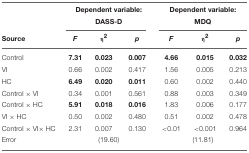
<table><thead><tr><td></td><td colspan="3"><b>Dependent variable:</b></td><td colspan="3"><b>Dependent variable:</b></td></tr><tr><td></td><td colspan="3"><b>DASS-D</b></td><td colspan="3"><b>MDQ</b></td></tr><tr><td><b>Source</b></td><td><b><i>F</i></b></td><td><b>η<sup>2</sup></b></td><td><b><i>p</i></b></td><td><b><i>F</i></b></td><td><b>η<sup>2</sup></b></td><td><b><i>p</i></b></td></tr></thead><tbody><tr><td>Control</td><td><b>7.31</b></td><td><b>0.023</b></td><td><b>0.007</b></td><td><b>4.66</b></td><td><b>0.015</b></td><td><b>0.032</b></td></tr><tr><td>VI</td><td>0.66</td><td>0.002</td><td>0.417</td><td>1.56</td><td>0.005</td><td>0.213</td></tr><tr><td>HC</td><td><b>6.49</b></td><td><b>0.020</b></td><td><b>0.011</b></td><td>0.60</td><td>0.002</td><td>0.440</td></tr><tr><td>Control × VI</td><td>0.34</td><td>0.001</td><td>0.561</td><td>0.88</td><td>0.003</td><td>0.349</td></tr><tr><td>Control × HC</td><td><b>5.91</b></td><td><b>0.018</b></td><td><b>0.016</b></td><td>1.83</td><td>0.006</td><td>0.177</td></tr><tr><td>VI × HC</td><td>0.50</td><td>0.002</td><td>0.480</td><td>0.51</td><td>0.002</td><td>0.478</td></tr><tr><td>Control × VI × HC</td><td>2.31</td><td>0.007</td><td>0.130</td><td>&lt; 0.01</td><td>&lt; 0.001</td><td>0.964</td></tr><tr><td>Error</td><td colspan="3">(19.60)</td><td colspan="3">(11.81)</td></tr></tbody></table>